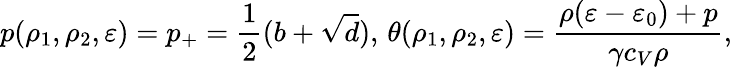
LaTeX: p(\rho_{1},\rho_{2},\varepsilon)=p_{+}=\frac 12(b+\sqrt{d}),\, \theta(\rho_{1},\rho_{2},\varepsilon)=\frac{\rho(\varepsilon-\varepsilon_{0})+p}{\gamma c_{V}\rho},